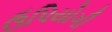
ઉપિયોગી